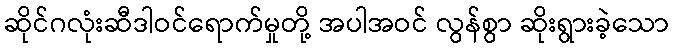
ဆိုင်ဂလုံးဆီဒါဝင်ရောက်မှုတို့ အပါအဝင် လွန်စွာ ဆိုးရွားခဲ့သော